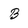
Character: B